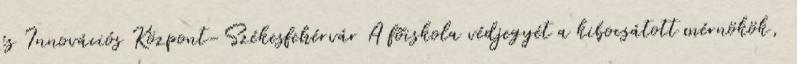
és Innovációs Központ-Székesfehérvár A fõiskola védjegyét a kibocsátott mérnökök,